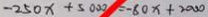
- 2 5 0 x + 5 0 0 0 = - 8 0 x + 2 0 0 0